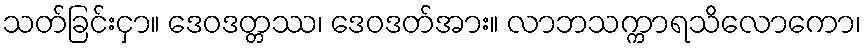
သတ်ခြင်းငှာ။ ဒေဝဒတ္တဿ၊ ဒေဝဒတ်အား။ လာဘသက္ကာရသိလောကော၊